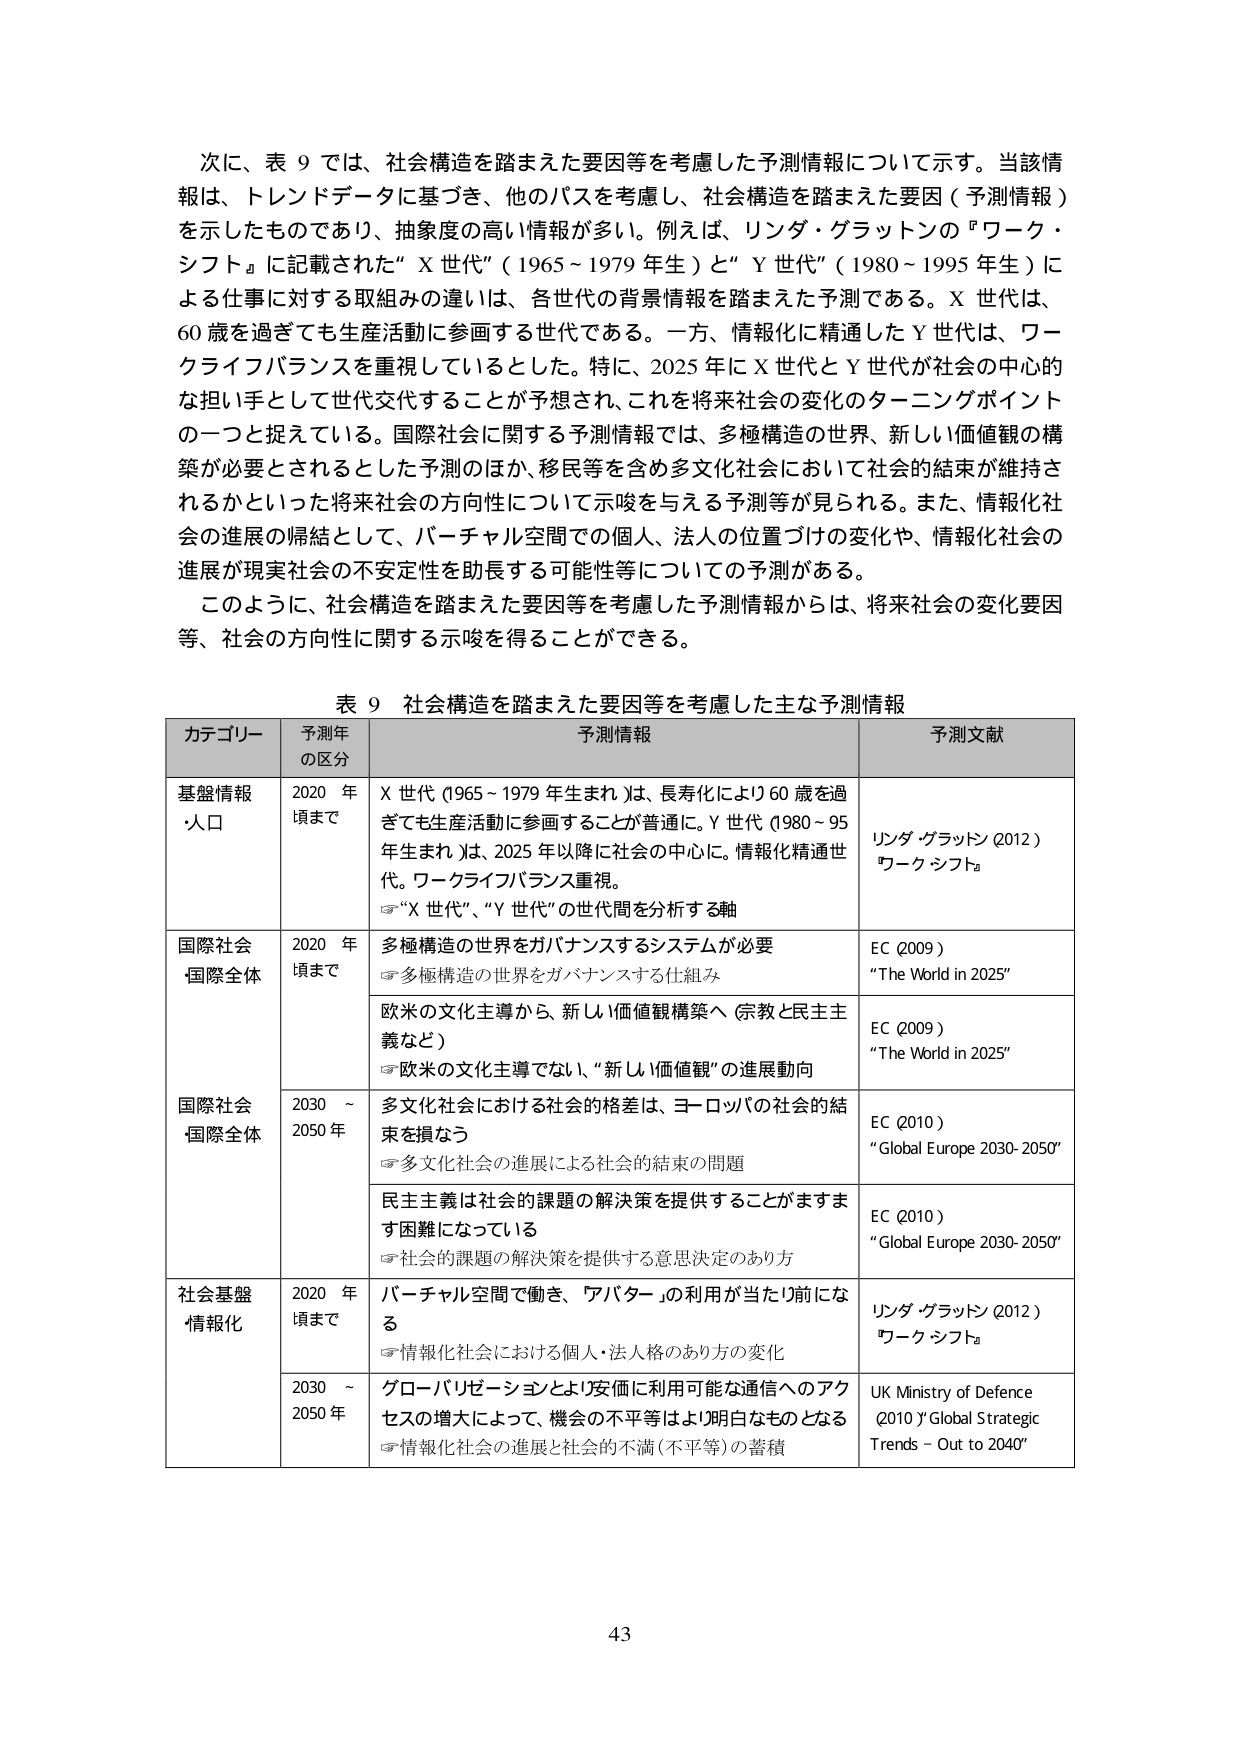
次に、表９では、社会構造を踏まえた要因等を考慮した予測情報について示す。当該情報は、トレンドデータに基づき、他のパスを考慮し、社会構造を踏まえた要因（予測情報）を示したものであり、抽象度の高い情報が多い。例えば、リンダ・グラットンの『ワーク・シフト』に記載された“Ｘ世代”（1965～1979年生）と“Ｙ世代”（1980～1995年生）による仕事に対する取組みの違いは、各世代の背景情報を踏まえた予測である。Ｘ世代は、60歳を過ぎても生産活動に参画する世代である。一方、情報化に精通したＹ世代は、ワークライフバランスを重視しているとした。特に、2025年にＸ世代とＹ世代が社会の中心的な担い手として世代交代することが予想され、これを将来社会の変化のターニングポイントの一つと捉えている。国際社会に関する予測情報では、多極構造の世界、新しい価値観の構築が必要とされるとした予測のほか、移民等を含め多文化社会において社会的結束が維持されるかといった将来社会の方向性について示唆を与える予測等が見られる。また、情報化社会の進展の帰結として、バーチャル空間での個人、法人の位置づけの変化や、情報化社会の進展が現実社会の不安定性を助長する可能性等についての予測がある。

このように、社会構造を踏まえた要因等を考慮した予測情報からは、将来社会の変化要因等、社会の方向性に関する示唆を得ることができる。

表９　社会構造を踏まえた要因等を考慮した主な予測情報

カテゴリー　　予測年の区分　　予測情報　　予測文献

基盤情報・人口　　2020年頃まで　　Ｘ世代（1965～1979年生まれ）は、長寿化により60歳を過ぎても生産活動に参画することが普通に。Ｙ世代（1980～95年生まれ）は、2025年以降に社会の中心に。情報化精通世代。ワークライフバランス重視。　　リンダ・グラットン（2012）『ワーク・シフト』